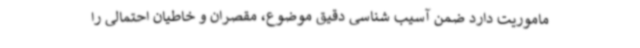
ماموریت دارد ضمن آسیب شناسی دقیق موضوع، مقصران و خاطیان احتمالی را